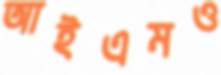
আইএমও